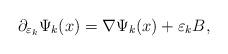
LaTeX: \begin{align*}\partial_{\varepsilon_{k}}\Psi_k (x) = \nabla \Psi_k (x) + \varepsilon_{k} B,\end{align*}